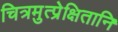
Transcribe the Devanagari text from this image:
चित्रमुत्प्रेक्षितानि